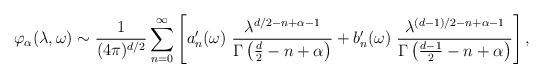
\begin{align*}\varphi_\alpha(\lambda,\omega) \sim {1\over (4\pi)^{d/2}}\sum_{n=0}^\infty\left[a'_{n}(\omega)~ { \lambda^{d/2-n+\alpha-1}\over \Gamma\left(\frac d2 -n +\alpha\right)}+b'_{n}(\omega)~ { \lambda^{(d-1)/2-n+\alpha-1}\over \Gamma\left({d-1 \over 2} -n +\alpha\right)}\right],\end{align*}